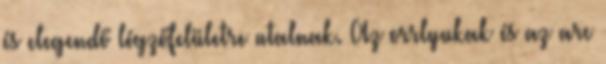
és elegendő légzőfelületre utalnak. Az orrlyukak és az arc